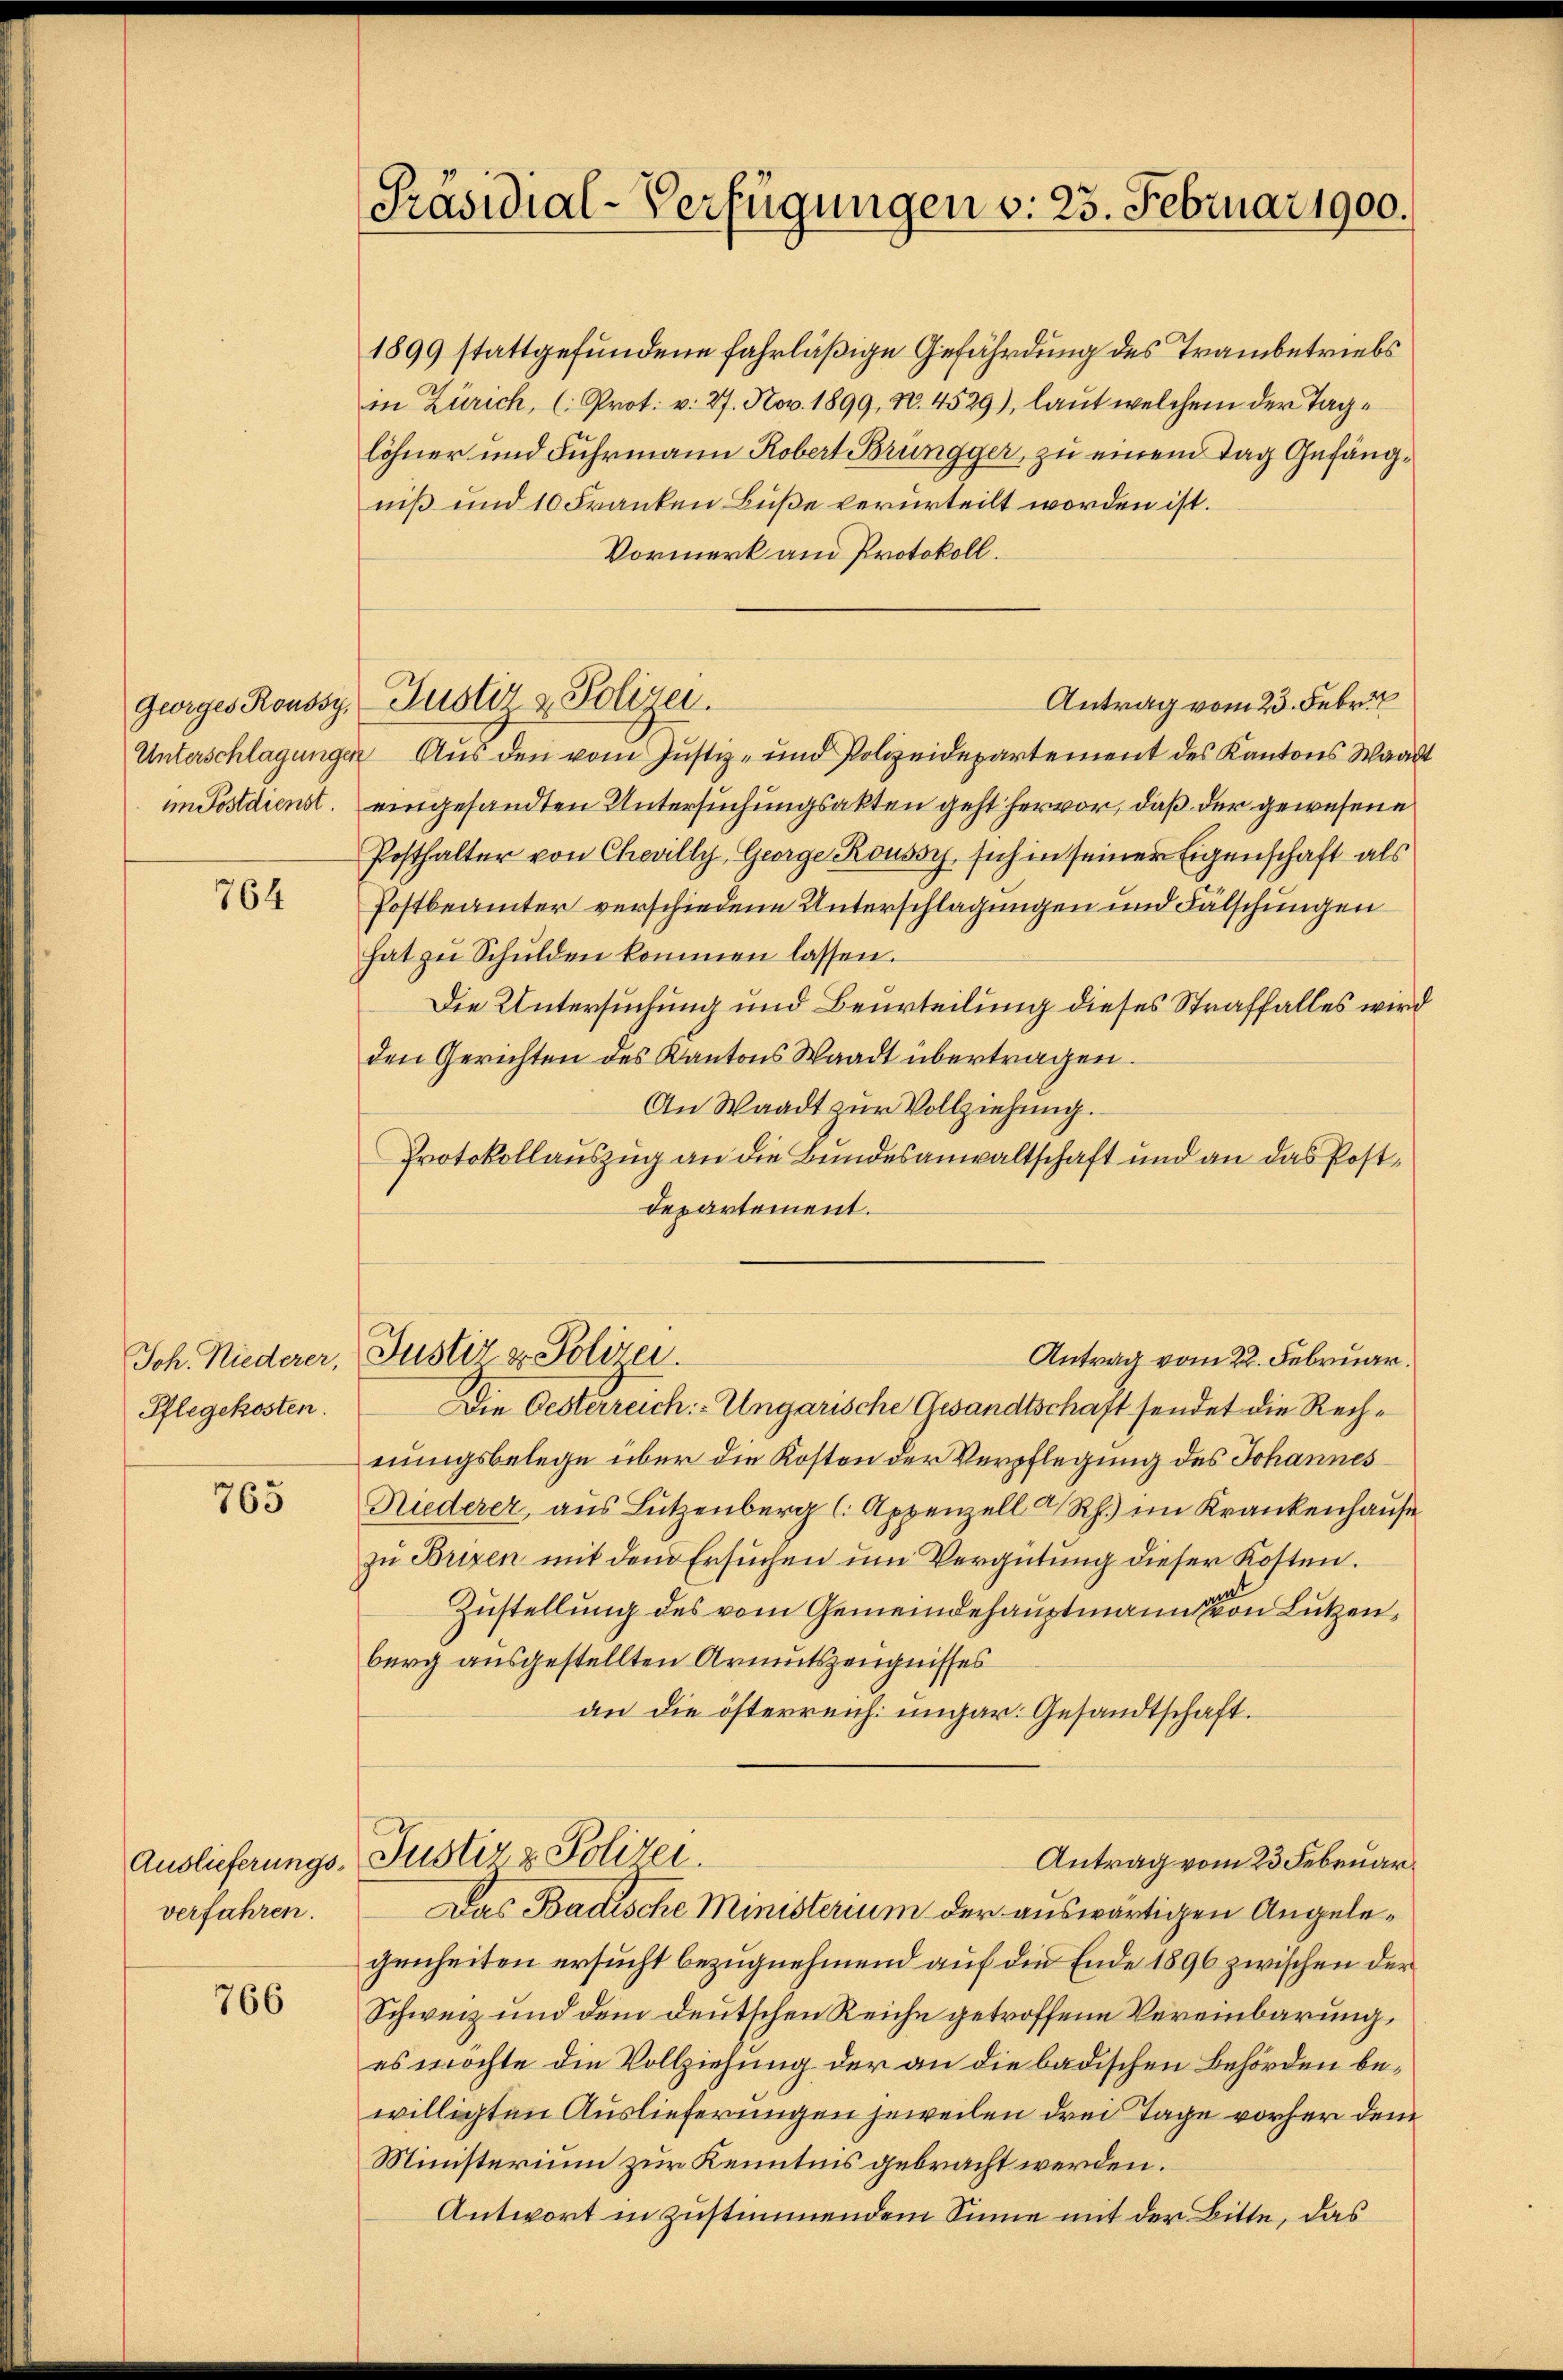
Geiges Roussy,

764

Pflegekosten.

763

verfahren.

766

Präsidial-Verfügungen v. 23. Februar 1900.

1899 stattgefundene fahrläßige Gefährdung des Trambetriebs
in Zürich, (Prot. v. 27. Nov. 1899, N. 4529), laut welchem der Taglöhner und Fuhrmann Robert Brüngger, zu einem Tag Gefängniß und 10 Franken Buße verurteilt worden ist.
Vormerk am Protokoll.
Antrag vom 23. Febr.
Unterschlagungen Aus den vom Justiz- und Polizeidepartement des Kantons Waadt
im Postdienst. eingesandten Untersuchungsakten geht hervor, daß der gewesene
Posthalter von Chevilly, George Roussy, sich in seiner Eigenschaft als
Postbeamter verschiedene Unterschlagungen und Fälschungen
hat zŭ Schulden kommen lassen.
Die Untersuchung und Beurteilung dieses Straffalles wird
den Gerichten des Kantons Waadt übertragen.
An Waadt zŭr Vollziehung.
Protokollauszug an die Bundesanwaltschaft und an das Postdepartement.

Justiz & Polizei.

Joh. Niederer, Justiz & Polizei.

Die Oesterreich: Ungarische Gesandtschaft sendet die Rechnungsbelege über die Kosten der Verpflegung des Johannes
Niederer, aus Lützenberg (Appenzell a. Rh. im Krankenhause
zu Brixen mit dem Ersuchen um Vergütung dieser Kosten.
Zustellung des vom Gemeindehauptmann von Lutzenberg ausgestellten Armutszeugnisses
an die österreich ungar. Gesandtschaft.
Auslieferungs- Justiz & Polizei.
Antrag vom 23. Februar.
Das Badische Ministerium der auswärtigen Angelegenheiten ersucht bezugnehmend auf die Ende 1896 zwischen der
Schweiz und dem deutschen Reiche getroffene Vereinbarung,
es möchte die Vollziehung der an die badischen Behörden bewilligten Auslieferungen jeweilen drei Tage vorher dem
Ministerium zur Kenntnis gebracht werden.
Antwort in zustimmendem Sinne mit der Bitte, das

Antrag vom 22. Februar.